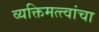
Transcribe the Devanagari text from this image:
व्यक्तिमत्त्वांचा